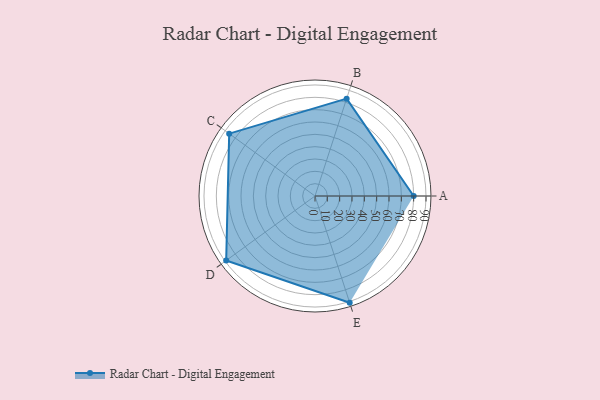
{"axis": {"x": "Skill", "y": "Score"}, "legend": ["Profile"], "data": [{"x": "A", "y": 80.0, "type": "Profile"}, {"x": "B", "y": 83.0, "type": "Profile"}, {"x": "C", "y": 86.0, "type": "Profile"}, {"x": "D", "y": 89.0, "type": "Profile"}, {"x": "E", "y": 91.0, "type": "Profile"}]}